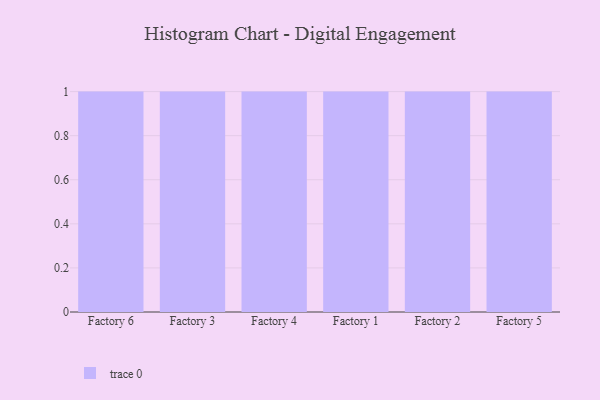
{"axis": {"x": "Factory", "y": "Inventory Turnover"}, "legend": [""], "data": [{"x": "Factory 6", "y": 32, "type": ""}, {"x": "Factory 3", "y": 43, "type": ""}, {"x": "Factory 4", "y": 21, "type": ""}, {"x": "Factory 1", "y": 100, "type": ""}, {"x": "Factory 2", "y": 96, "type": ""}, {"x": "Factory 5", "y": 3, "type": ""}]}